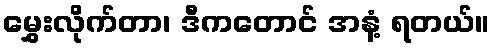
မွှေးလိုက်တာ၊ ဒီကတောင် အနံ့ ရတယ်။